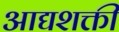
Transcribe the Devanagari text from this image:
आद्यशक्ती